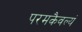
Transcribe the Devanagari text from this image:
परमकैवल्यं